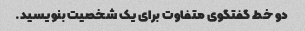
دو خط گفتگوی متفاوت برای یک شخصیت بنویسید.